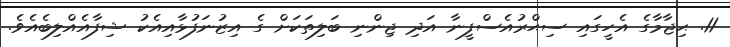
11. ޙިޖާމާގެ އެހީގައި ސިޙްރުއެސްފީނާ އަދި ޖިންނި ބަލިތަކަށް ގެ އިޒުނަފުޅާއިއެކު ޝިފާއެއްލިބެއެވެ.